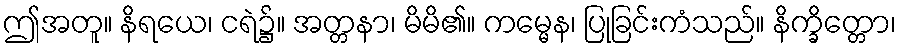
ဤအတူ။ နိရယေ၊ ငရဲ၌။ အတ္တနာ၊ မိမိ၏။ ကမ္မေန၊ ပြုခြင်းကံသည်။ နိက္ခိတ္တော၊